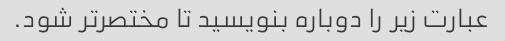
عبارت زیر را دوباره بنویسید تا مختصرتر شود.